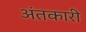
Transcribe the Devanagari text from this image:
अंतकारी